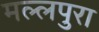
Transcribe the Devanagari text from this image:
मल्लपुरा